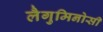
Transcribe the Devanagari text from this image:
लैगुमिनोसी